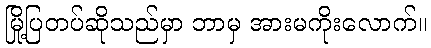
မြို့ပြတပ်ဆိုသည်မှာ ဘာမှ အားမကိုးလောက်။